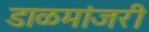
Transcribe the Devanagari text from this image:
डाळमांजरी